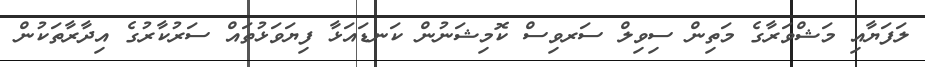
ލަފަޔާއި މަޝްވަރާގެ މަތިން ސިވިލް ސަރވިސް ކޮމިޝަނުން ކަނޑައަޅާ ފިޔަވަޅުތައް ސަރުކާރުގެ އިދާރާތަކުން